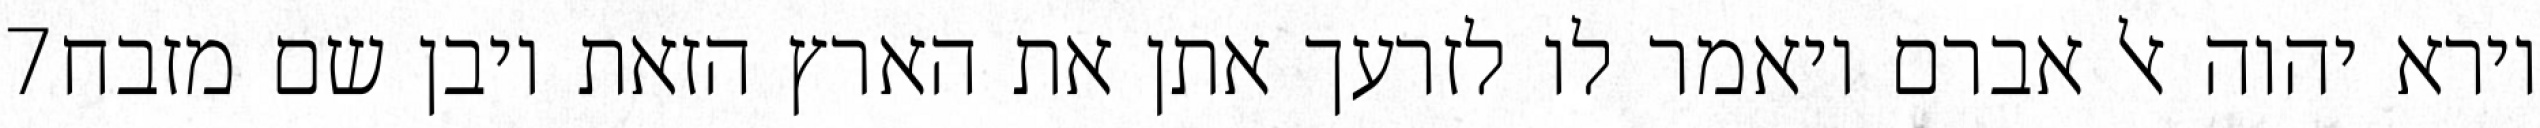
‎7‏ וירא יהוה אל אברם ויאמר לו לזרעך אתן את הארץ הזאת ויבן שם מזבח